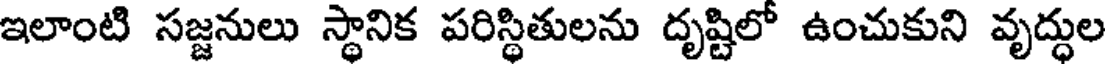
ఇలాంటి సజ్జనులు స్థానిక పరిస్థితులను దృష్టిలో ఉంచుకుని వృద్ధుల